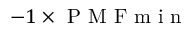
- 1 \times \mathrm { ~ P ~ M ~ F ~ m ~ i ~ n ~ }